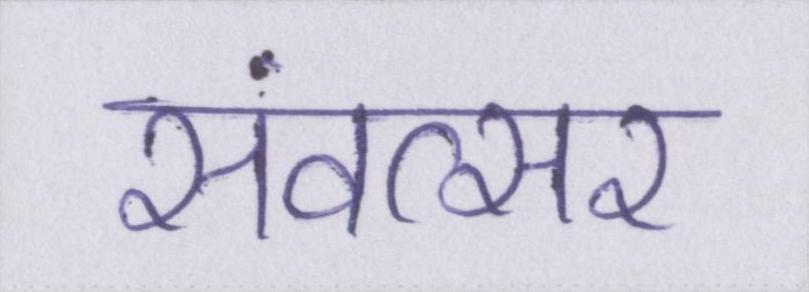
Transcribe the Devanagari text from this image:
संवत्सर